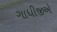
ગાધીજીએ